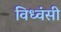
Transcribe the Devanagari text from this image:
विध्वंसी